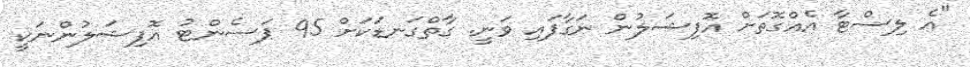
"އެ ލިސްޓާ އެއްގޮތަށް އޮފިޝަލުން ނަގާފައި ވަނީ. ގާތްގަނޑަކަށް 95 ޕަސެންޓު އޮފިޝަލުންނަކީ